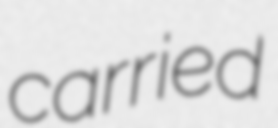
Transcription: carried